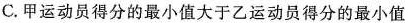
C.甲运动员得分的最小值大于乙运动员得分的最小值